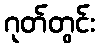
ဂုတ်တွင်း